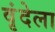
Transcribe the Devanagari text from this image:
वृंदेला